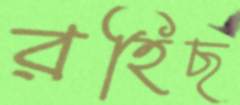
রহিছ